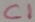
Text: C1